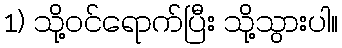
1) သို့ဝင်ရောက်ပြီး သို့သွားပါ။